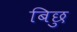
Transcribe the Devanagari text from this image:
बिछु